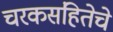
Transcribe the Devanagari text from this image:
चरकसंहितेचे